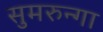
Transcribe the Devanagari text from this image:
सुमरुन्गा